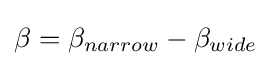
\beta =\beta _{narrow}-\beta _{wide}